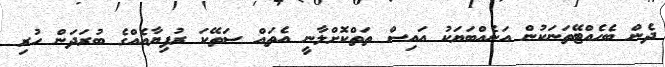
ދެން ބެހެއްޓޭތަނަކުން އަނެއްބަޔަކު އައިސް ތަތްކޮށްލާނީ އެތައް ސަތޭކަ ރުފިޔާއެއްގެ ބުރަދަން ހުރި